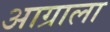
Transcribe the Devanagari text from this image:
आग्राला